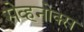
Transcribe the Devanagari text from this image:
सेव्हनोक्स